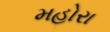
મહોરા